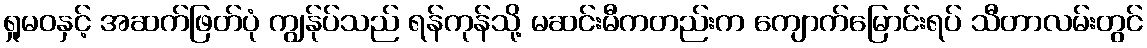
ရှုမဝနှင့် အဆက်ဖြတ်ပုံ ကျွန်ုပ်သည် ရန်ကုန်သို့ မဆင်းမီကတည်းက ကျောက်မြောင်းရပ် သီတာလမ်းတွင်